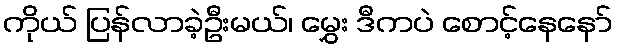
ကိုယ် ပြန်လာခဲ့ဦးမယ်၊ မွှေး ဒီကပဲ စောင့်နေနော်